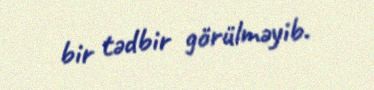
bir tədbir görülməyib.